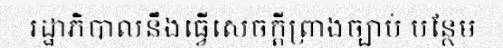
រដ្ឋាភិបាលនឹងធ្វើសេចក្តីព្រាងច្បាប់ បន្ថែម